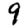
Digit: 9